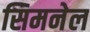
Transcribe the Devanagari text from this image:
सिमनेल